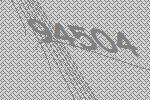
94504